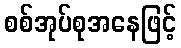
စစ်အုပ်စုအနေဖြင့်